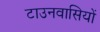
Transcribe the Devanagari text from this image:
टाउनवासियों